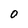
Character: 0